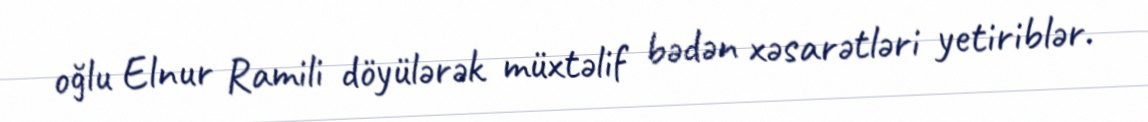
oğlu Elnur Ramili döyülərək müxtəlif bədən xəsarətləri yetiriblər.